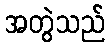
အတွဲသည်